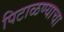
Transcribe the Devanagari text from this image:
पिटाळण्याचा